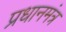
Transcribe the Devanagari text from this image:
प्रधानमंत्र